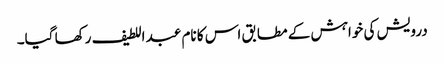
درویش کی خواہش کے مطابق اس کا نام عبد اللطیف رکھا گیا۔